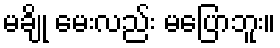
မချို မေးလည်း မပြောဘူး။